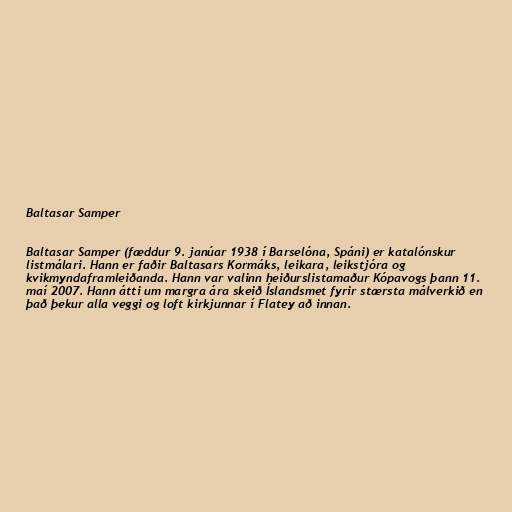
Baltasar Samper

Baltasar Samper (fæddur 9. janúar 1938 í Barselóna, Spáni) er katalónskur
listmálari. Hann er faðir Baltasars Kormáks, leikara, leikstjóra og
kvikmyndaframleiðanda. Hann var valinn heiðurslistamaður Kópavogs þann 11.
maí 2007. Hann átti um margra ára skeið Íslandsmet fyrir stærsta málverkið en
það þekur alla veggi og loft kirkjunnar í Flatey að innan.